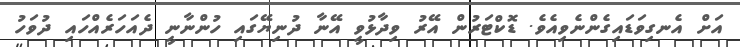
އަށް އެނގިވަޑައިގެންނެވިއެވެ. ޑޮކްޓަރުން އޭރު ވިދާޅުވީ އޭނާ ދުނިޔޭގައި ހުންނާނީ ދެއަހަރެއްހައި ދުވަހު